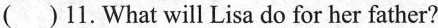
( )11.What will Lisa do for her father?